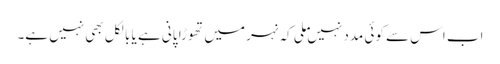
اب اس سے کوئی مدد نہیں ملی کہ نہر میں تھوڑا پانی ہے یا بالکل بھی نہیں ہے۔